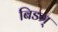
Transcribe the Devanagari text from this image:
बिडग्